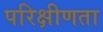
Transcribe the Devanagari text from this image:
परिक्षीणता